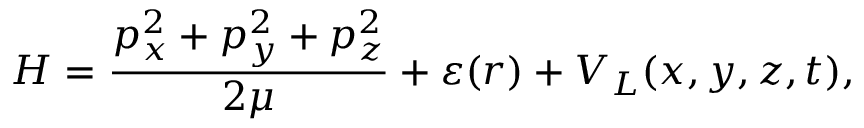
{ \cal H } = \frac { p _ { x } ^ { 2 } + p _ { y } ^ { 2 } + p _ { z } ^ { 2 } } { 2 \mu } + \varepsilon ( r ) + V _ { L } ( x , y , z , t ) ,